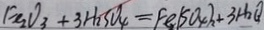
F e _ { 2 } O _ { 3 } + 3 H _ { 2 } S O _ { 4 } = F e ( S O _ { 4 } ) _ { 2 } + 3 H _ { 2 } O